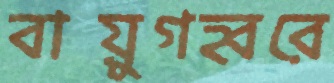
বায়ুগহ্বরে